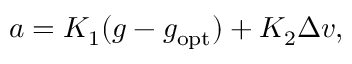
a = K _ { 1 } ( g - g _ { \mathrm { o p t } } ) + K _ { 2 } \Delta v ,